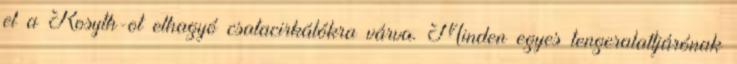
el a Rosyth-ot elhagyó csatacirkálókra várva. Minden egyes tengeralattjárónak